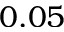
0 . 0 5